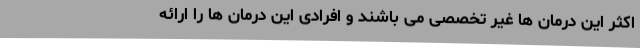
اکثر این درمان ها غیر تخصصی می باشند و افرادی این درمان ها را ارائه